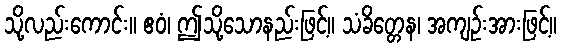
သို့လည်းကောင်း။ ဧဝံ၊ ဤသို့သောနည်းဖြင့်။ သံခိတ္တေန၊ အကျဉ်းအားဖြင့်။